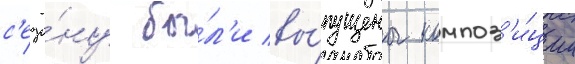
с'езо́ну бы́л'и вы́пущены композ'и́ции